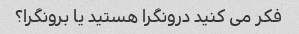
فکر می کنید درونگرا هستید یا برونگرا؟